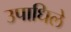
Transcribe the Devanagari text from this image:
उपाधिले